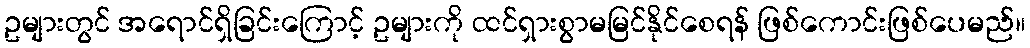
ဥများတွင် အရောင်ရှိခြင်းကြောင့် ဥများကို ထင်ရှားစွာမမြင်နိုင်စေရန် ဖြစ်ကောင်းဖြစ်ပေမည်။